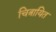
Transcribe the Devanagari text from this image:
चित्रायित